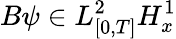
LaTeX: B\psi\in L_{[0,T]}^{2}H_{x}^{1}